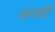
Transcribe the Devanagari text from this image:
लयही